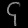
Digit: ၄